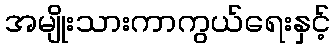
အမျိုးသားကာကွယ်ရေးနှင့်